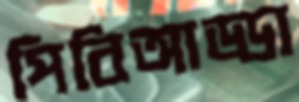
পিবিআড্ডা